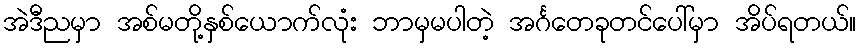
အဲဒီညမှာ အစ်မတို့နှစ်ယောက်လုံး ဘာမှမပါတဲ့ အင်္ဂတေခုတင်ပေါ်မှာ အိပ်ရတယ်။